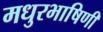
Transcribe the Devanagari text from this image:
मधुरभाषिणी